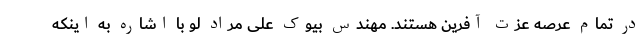
در تمام عرصه عزت آفرین هستند. مهندس بیوک علی مراد لو با اشاره به اینکه